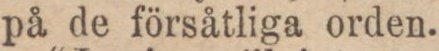
på de försåtliga orden.